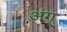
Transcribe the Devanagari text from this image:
अंग्